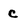
Character: c